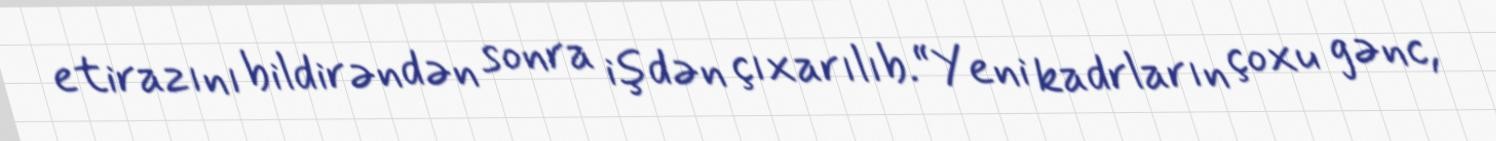
etirazını bildirəndən sonra işdən çıxarılıb.“Yeni kadrların çoxu gənc,